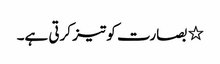
٭ بصارت کو تیز کرتی ہے۔